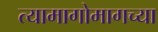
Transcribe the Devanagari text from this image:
त्यामागोमागच्या